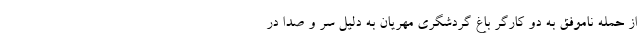
از حمله ناموفق به دو کارگر باغ گردشگری مهریان به دلیل سر و صدا در